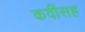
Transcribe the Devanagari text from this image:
कवींसह